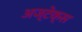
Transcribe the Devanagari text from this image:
अज्टेक्स